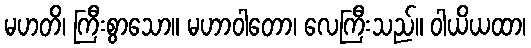
မဟတိ၊ ကြီးစွာသော။ မဟာဝါတော၊ လေကြီးသည်။ ဝါယိယထာ၊